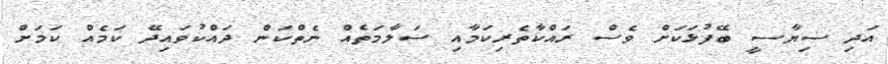
އަދި ސިޔާސީ ބޭފުޅަކަށް ވެސް ރައްކާތެރިކަމާއި ސަލާމަތެއް ނެތްކަން ދައްކުވައިދޭ ކަމެއް ކަމަށް